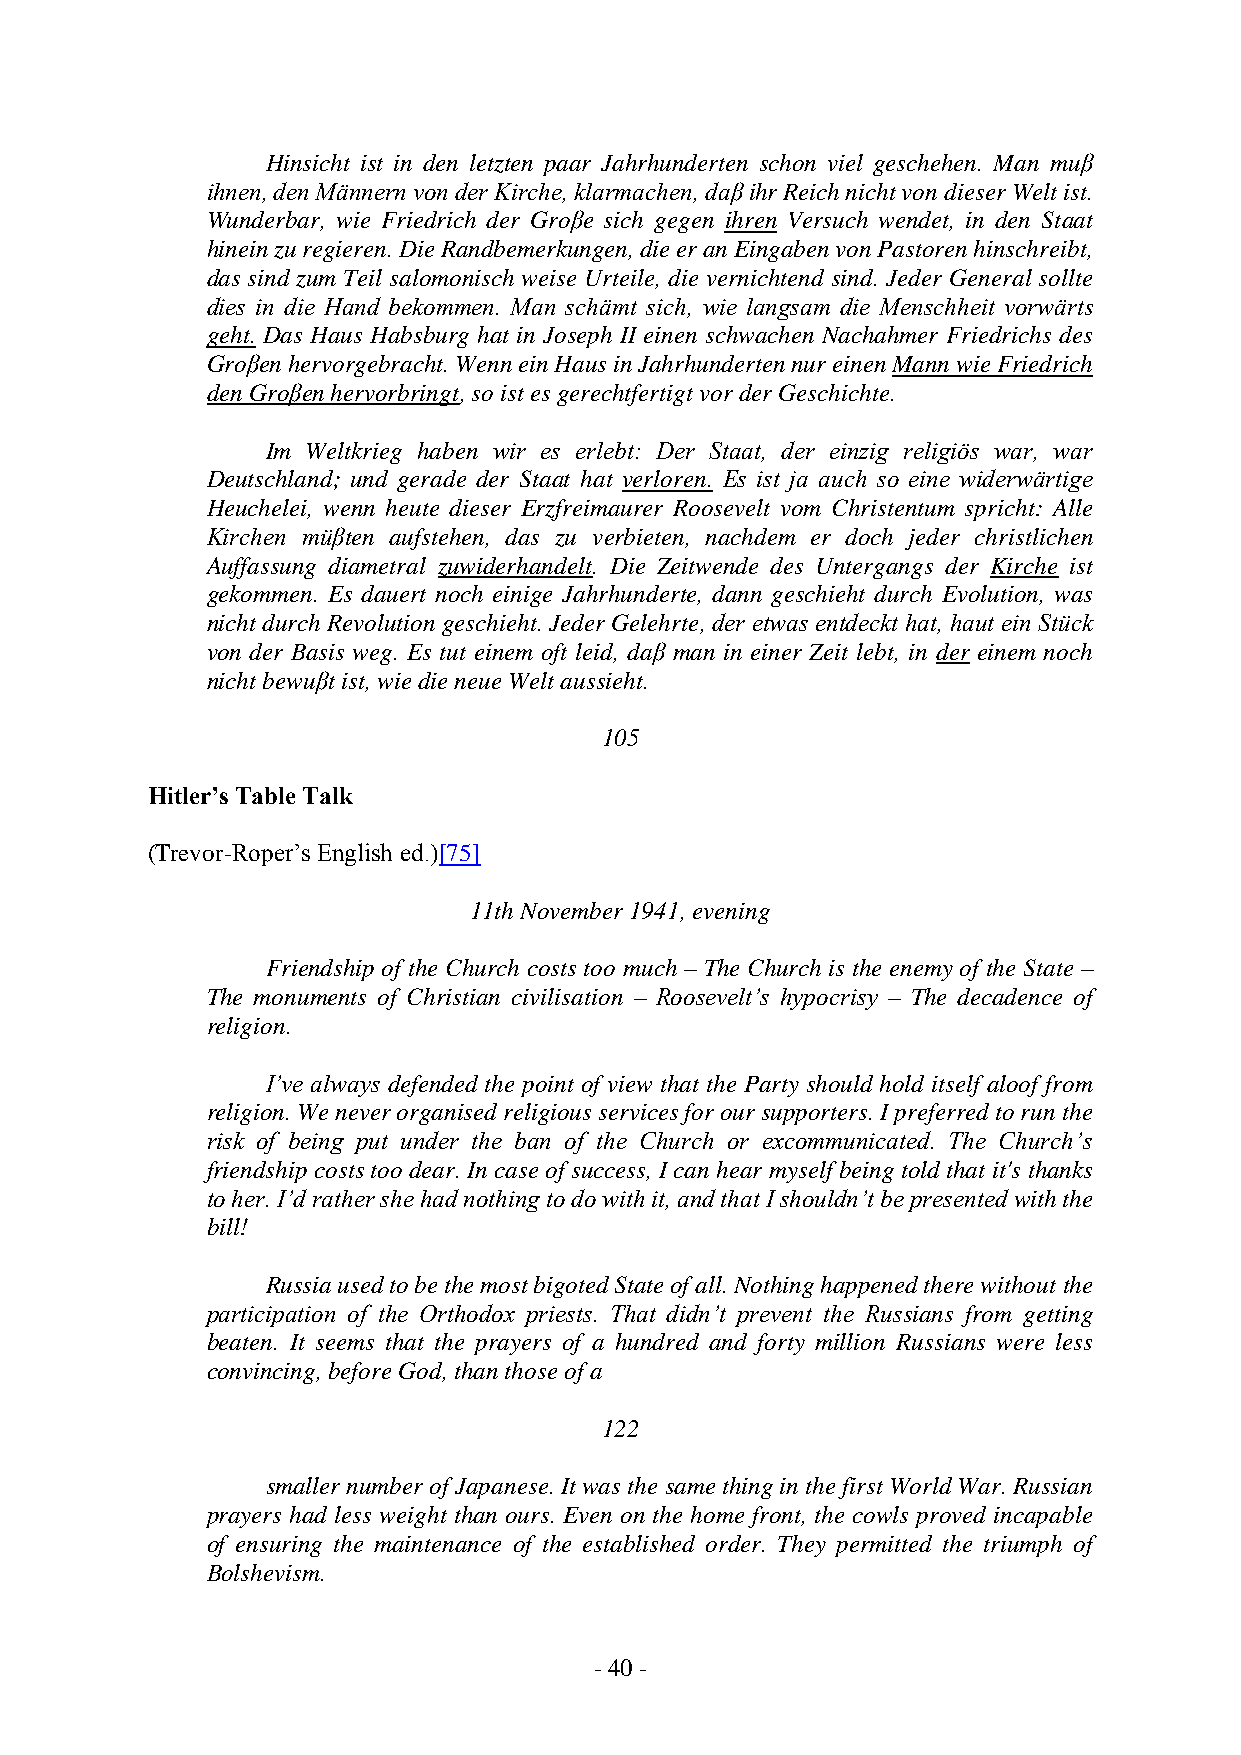
Hinsicht ist in den letzten paar Jahrhunderten schon viel geschehen. Man muβ
 ihnen, den Männern von der Kirche, klarmachen, daβ ihr Reich nicht von dieser Welt ist.
 Wunderbar, wie Friedrich der Groβe sich gegen ihren Versuch wendet, in den Staat
 hinein zu regieren. Die Randbemerkungen, die er an Eingaben von Pastoren hinschreibt,
 das sind zum Teil salomonisch weise Urteile, die vernichtend sind. Jeder General sollte
 dies in die Hand bekommen. Man schämt sich, wie langsam die Menschheit vorwärts
 geht. Das Haus Habsburg hat in Joseph II einen schwachen Nachahmer Friedrichs des
 Groβen hervorgebracht. Wenn ein Haus in Jahrhunderten nur einen Mann wie Friedrich
 den Groβen hervorbringt, so ist es gerechtfertigt vor der Geschichte.
 Im Weltkrieg haben wir es erlebt: Der Staat, der einzig religiös war, war
 Deutschland; und gerade der Staat hat verloren. Es ist ja auch so eine widerwärtige
 Heuchelei, wenn heute dieser Erzfreimaurer Roosevelt vom Christentum spricht: Alle
 Kirchen müβten aufstehen, das zu verbieten, nachdem er doch jeder christlichen
 Auffassung diametral zuwiderhandelt. Die Zeitwende des Untergangs der Kirche ist
 gekommen. Es dauert noch einige Jahrhunderte, dann geschieht durch Evolution, was
 nicht durch Revolution geschieht. Jeder Gelehrte, der etwas entdeckt hat, haut ein Stück
 von der Basis weg. Es tut einem oft leid, daβ man in einer Zeit lebt, in der einem noch
 nicht bewuβt ist, wie die neue Welt aussieht.
 105
 Hitler’s Table Talk
 (Trevor-Roper’s English ed.)[75]
 11th November 1941, evening
 Friendship of the Church costs too much – The Church is the enemy of the State –
 The monuments of Christian civilisation – Roosevelt’s hypocrisy – The decadence of
 religion.
 I’ve always defended the point of view that the Party should hold itself aloof from
 religion. We never organised religious services for our supporters. I preferred to run the
 risk of being put under the ban of the Church or excommunicated. The Church’s
 friendship costs too dear. In case of success, I can hear myself being told that it's thanks
 to her. I’d rather she had nothing to do with it, and that I shouldn’t be presented with the
 bill!
 Russia used to be the most bigoted State of all. Nothing happened there without the
 participation of the Orthodox priests. That didn’t prevent the Russians from getting
 beaten. It seems that the prayers of a hundred and forty million Russians were less
 convincing, before God, than those of a
 122
 smaller number of Japanese. It was the same thing in the first World War. Russian
 prayers had less weight than ours. Even on the home front, the cowls proved incapable
 of ensuring the maintenance of the established order. They permitted the triumph of
 Bolshevism.
 - 40 -